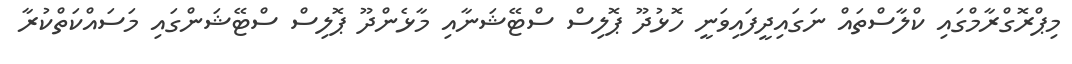
މިޕްރޮގްރާމްގައި ކްލާސްތައް ނަގައިދީފައިވަނީ ހޮޅުދޫ ޕޮލިސް ސްޓޭޝަނާއި މާޅެންދޫ ޕޮލިސް ސްޓޭޝަންގައި މަސައްކަތްކުރާ